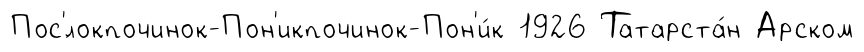
Пос'́локпочинок-Пон'икпочинок-Пон'и́к 1926 Татарста́н Арском